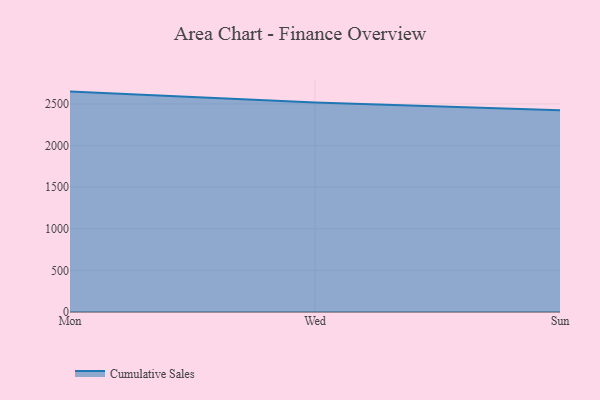
{"axis": {"x": "Day", "y": "Gross Profit (USD K)"}, "legend": ["Cumulative Sales"], "data": [{"x": "Mon", "y": 2648.0, "type": "Cumulative Sales"}, {"x": "Wed", "y": 2516.9, "type": "Cumulative Sales"}, {"x": "Sun", "y": 2424.1, "type": "Cumulative Sales"}]}